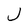
Character: J